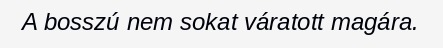
A bosszú nem sokat váratott magára.